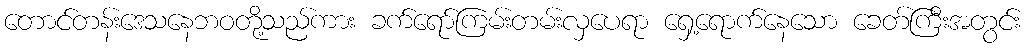
တောင်တန်းဒေသနေဘဝတို့သည်ကား ခက်ရော်ကြမ်းတမ်းလှပေရာ ရှေ့ရောက်နေသော ခေတ်ကြီးအတွင်း